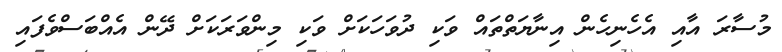
މުސާރަ އާއި އެހެނިހެން އިނާޔަތްތައް ވަކި ދުވަހަކަށް ވަކި މިންވަރަކަށް ދޭން އެއްބަސްވެފައި